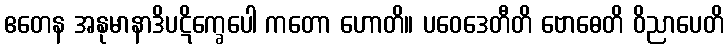
ဧတေန အနုမာနာဒိပဋိက္ခေပေါ ကတော ဟောတိ။ ပဝေဒေတီတိ ဗောဓေတိ ဝိညာပေတိ